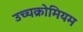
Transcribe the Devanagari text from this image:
उच्चक्रोमियम